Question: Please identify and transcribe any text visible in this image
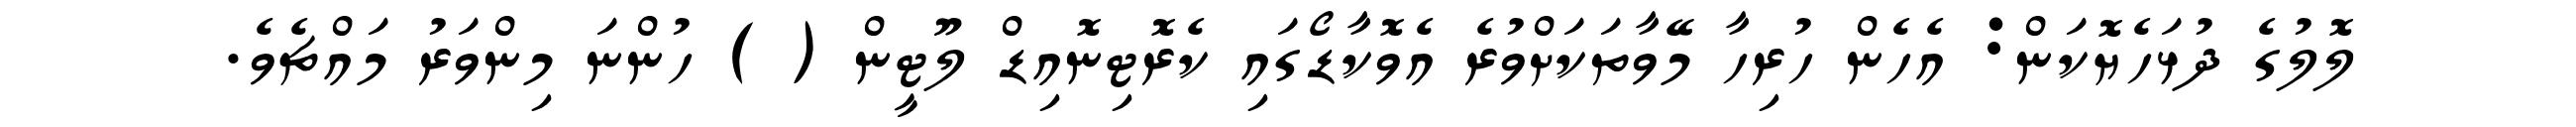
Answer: ލޮލުގެ ދުޅަހެޔޮކަން: އެހެން ހުރިހާ މޭވާތަކަށްވުރެ އެވޮކާޑޯގައި ކެރޮޓިނޮއިޑް ލޫޓީން ( ) ހުންނަ މިންވަރު މައްޗެވެ.